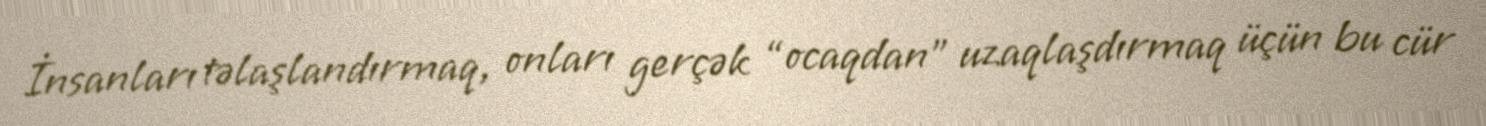
İnsanları təlaşlandırmaq, onları gerçək “ocaqdan” uzaqlaşdırmaq üçün bu cür